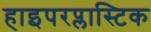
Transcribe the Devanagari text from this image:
हाइपरप्लास्टिक